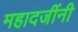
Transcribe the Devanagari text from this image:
महादजींनी